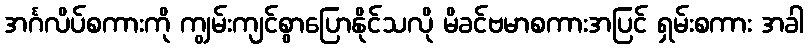
အင်္ဂလိပ်စကားကို ကျွမ်းကျင်စွာပြောနိုင်သလို မိခင်ဗမာစကားအပြင် ရှမ်းစကား အခါ